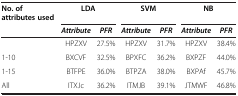
<table><thead><tr><td><b>No. of attributes used</b></td><td colspan="2"><b>LDA</b></td><td colspan="2"><b>SVM</b></td><td colspan="2"><b>NB</b></td></tr><tr><td><b> </b></td><td><b><i>Attribute</i></b></td><td><b><i>PFR</i></b></td><td><b><i>Attribute</i></b></td><td><b><i>PFR</i></b></td><td><b><i>Attribute</i></b></td><td><b><i>PFR</i></b></td></tr></thead><tbody><tr><td> </td><td>HPZXV</td><td>27.5%</td><td>HPZXV</td><td>31.7%</td><td>HPZXV</td><td>38.4%</td></tr><tr><td>1-10</td><td>BXCVF</td><td>32.5%</td><td>BPXFC</td><td>36.2%</td><td>BXPZF</td><td>44.0%</td></tr><tr><td>1-15</td><td>BTFPE</td><td>36.0%</td><td>BTPZA</td><td>38.0%</td><td>BXPAf</td><td>45.7%</td></tr><tr><td>All</td><td>ITXJc</td><td>36.2%</td><td>ITMJB</td><td>39.1%</td><td>JTMWF</td><td>46.8%</td></tr></tbody></table>